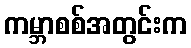
ကမ္ဘာစစ်အတွင်းက